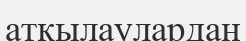
атқылаулардан